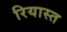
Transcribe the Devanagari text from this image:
रियास्त